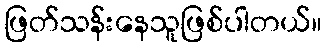
ဖြတ်သန်းနေသူဖြစ်ပါတယ်။